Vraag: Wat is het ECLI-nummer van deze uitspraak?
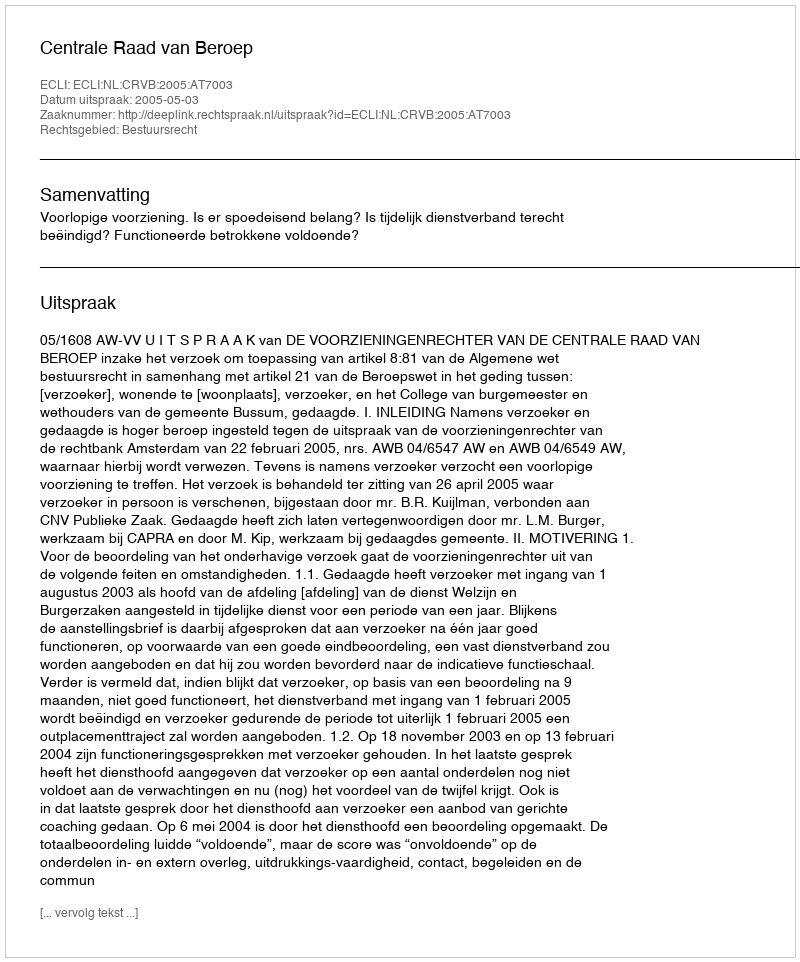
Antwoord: ECLI:NL:CRVB:2005:AT7003